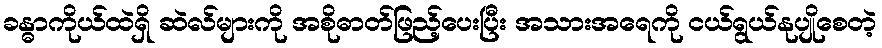
ခန္ဓာကိုယ်ထဲရှိ ဆဲလ်များကို အစိုဓာတ်ဖြည့်ပေးပြီး အသားအရေကို ငယ်ရွယ်နုပျိုစေတဲ့